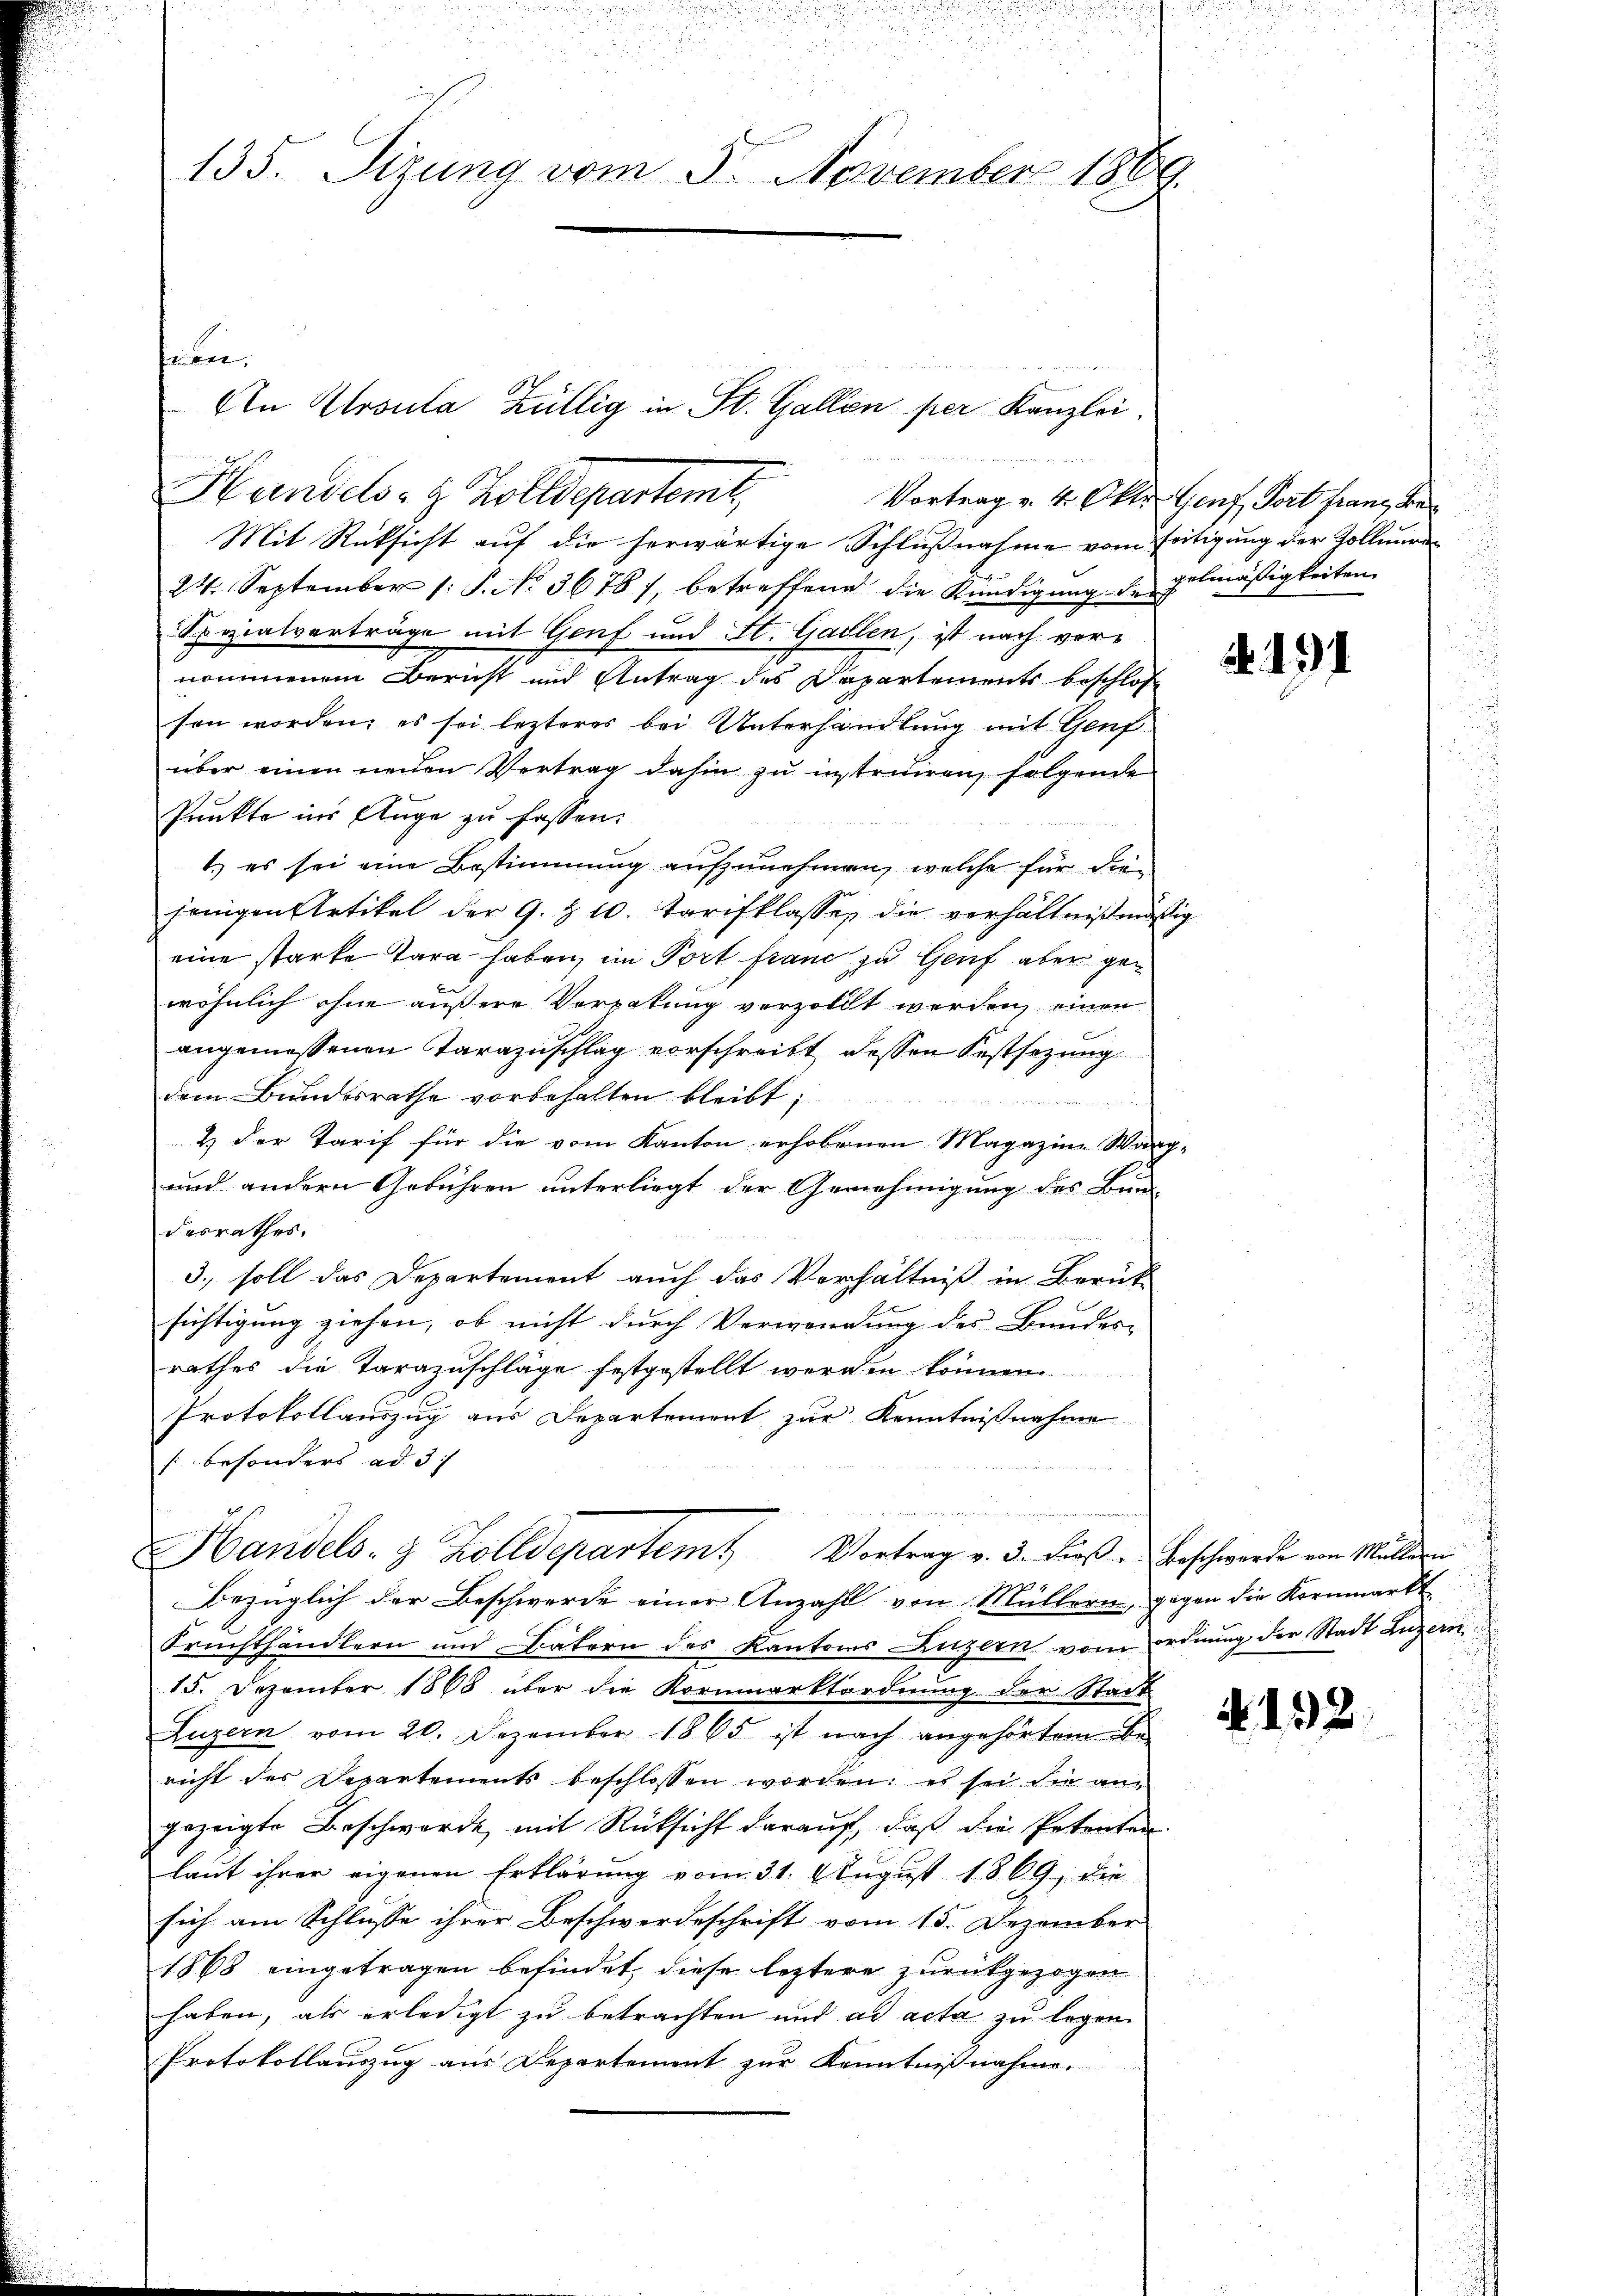
135. Sizung vom 5. November 1869.

det,
Handels- & Zolldepartemt,

Mit Rücksicht auf die herwärtige Schlußnahme vom seitigung der Kollieren
24. September /: P. No. 36781, betreffend die Kündigŭng der gelmäßigkeiten.
Spezialverträge mit Genf und St. Gallen, ist nach vore
nommenen Bericht und Antrag des Departements beschlos
sen worden; es sei lezteres bei Unterhandlung mit Genf
über einen neuen Vertrag dahin zu instruiren, folgende
Punkte ins Auge zu fassen.
1.) es sei eine Bestimmung aufzunehmen, welche für die
jenigen Artikel der G. Z. 10. Tarifklassen die verhältnißen
eine starke Tara haben, im Port franz zu Genf aber gewöhnlich ohne außere Verpakung verzollt werden, einen
angemessenen Tarazuschlag vorschreibt dessen Festsezung
dem Bundesrathe vorbehalten bleibt;
s
2 der Tarif für die vom Kanton erhobenen Magazine Wa
und andern Gebühren unterliegt der Genehmigung des Bun-
desrathes.
3. soll das Departement auch das Verhältniß in Berük-
sichtigung ziehen, ob nicht durch Verwendung des Bundes-
rathes die Tarazuschläge festgestellt werden können.
Protokollauszug aus Departement zur Kenntnißnahme
[besonders ad 3
Handels- & Zolldepartemt Vortrag v. 3. Förs. Beschwerde von Müllern
Bezüglich der Beschwerde einer Anzahl von Müllern, gegen die Kornmarkt
Fruchthändlern und Vatern des Kantons Luzern vom
15. Dezember 1868 über die Kornmarktordnung der Stadt-
Luzern vom 20. Dezember 1865 ist nach angehörtem be-
nicht der Departements beschlossen worden: es sei die an
gezeigte Beschwerde, mit Rücksicht darauf, daß die Petenten
laut ihrer eigenen Erklärung vom 31. August 1869, die
sich am Schlusse ihrer Beschwerdeschrift vom 15. Dezember
1868 eingetragen befindet diese leztere zurückgezogen
haben, als erledigt zu betrachten und ad acta zu legen.
Protokollauszug aus Departement zur Kenntnißnahme.

An Ursula Züllig in St. Gallen per Kanzlei.

Vortrag v. 4. Okt. Genf, Fort franz, Be¬

2

Ao. 12.

ordnung der Stadt Luzern

N. 132.